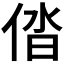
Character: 𠉤